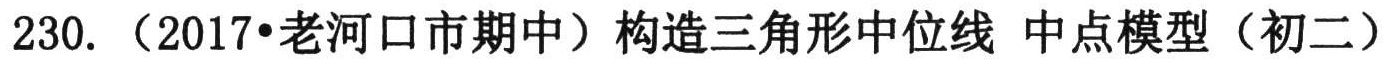
230. （2017•老河口市期中）构造三角形中位线 中点模型（初二）